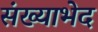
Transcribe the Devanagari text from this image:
संख्याभेद